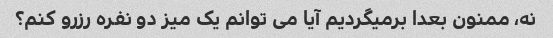
نه، ممنون بعدا برمیگردیم آیا می توانم یک میز دو نفره رزرو کنم؟